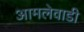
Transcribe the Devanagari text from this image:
आमलेवाडी